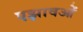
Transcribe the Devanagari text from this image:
एझावओं